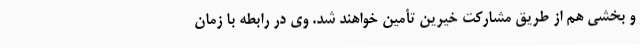
و بخشی هم از طریق مشارکت خیرین تأمین خواهند شد. وی در رابطه با زمان